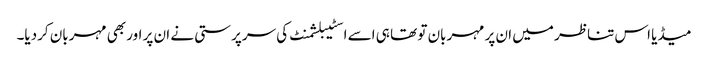
میڈیا اس تناظر میں ان پر مہربان تو تھا ہی اسے اسٹیبلشمنٹ کی سرپرستی نے ان پر اور بھی مہربان کردیا۔